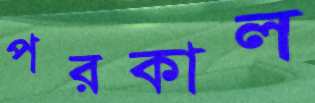
পরকাল